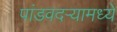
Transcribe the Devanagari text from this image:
पांडवदर्‍यामध्ये